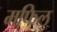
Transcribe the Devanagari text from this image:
मफिल